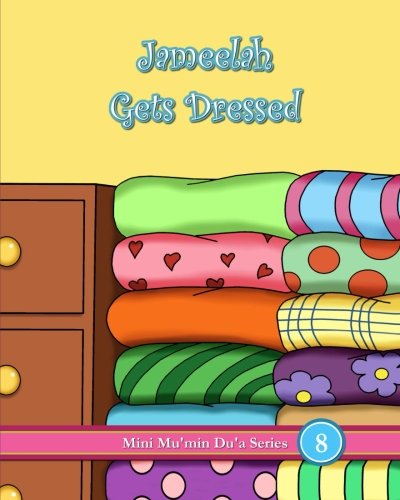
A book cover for Jameelah Gets Dressed (Mini Mu'min Du'a Series); Mini Mu'min Publications; Religion & Spirituality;